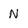
Character: N